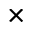
\times